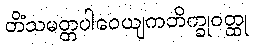
တိံသမတ္တပါဝေယျကဘိက္ခုဝတ္ထု